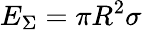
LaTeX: E_{\Sigma}=\pi R^{2}\sigma